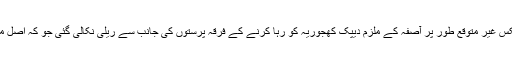
لیکن کٹھوعہ میں اِس کے برعکس غیر متوقع طور پر آصفہ کے ملزم دیپک کھجوریہ کو رہا کرنے کے فرقہ پرستوں کی جانب سے ریلی نکالی گئی جو کہ اصل میں بیمار ذہنیت کی علامت ہے۔